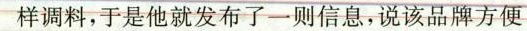
样调料，于是他就发布了一则信息，说该品牌方便